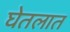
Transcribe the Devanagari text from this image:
घेतलात